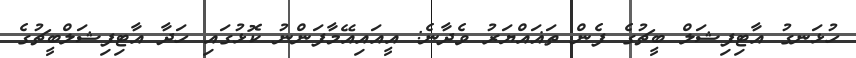
ހުޅަނގު އާޓިފިޝަލް ބީޗުގެ ފެން ތަޣައްޔަރު ވެދާނެ: އީއައިއޭމާފަންނު ކޮޅުގައި ހަދާ އާޓިފިޝަލްބީޗުގެ